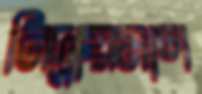
নিদ্রায়মাণ